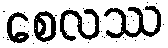
စေလဿ